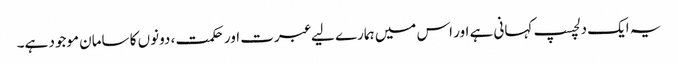
یہ ایک دلچسپ کہانی ہے اور اس میں ہمارے لیے عبرت اور حکمت ، دونوں کا سامان موجود ہے۔